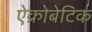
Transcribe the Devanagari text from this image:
ऐक्रोबेटिक